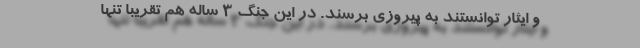
و ایثار توانستند به پیروزی برسند. در این جنگ 3 ساله هم تقریباً تنها